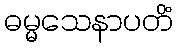
ဓမ္မသေနာပတိံ